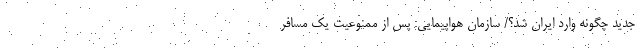
جدید چگونه وارد ایران شد؟/ سازمان هواپیمایی: پس از ممنوعیت یک مسافر